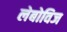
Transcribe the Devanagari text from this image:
लेबोविज